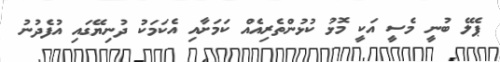
ޕެލޭ ބުނީ މެސީ އަކީ މޮޅު ކުޅުންތެރިއެއް ކަމަށާއި އެކަމަކު ދުނިޔޭގައި އުފެދުނު